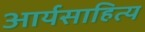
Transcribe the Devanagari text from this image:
आर्यसाहित्य